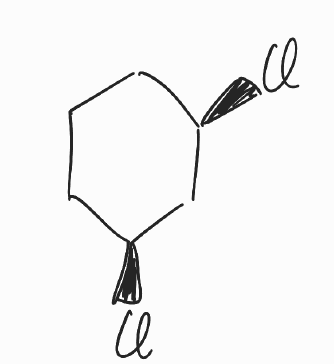
Simplified molecular-input line-entry system (SMILES) notation of the given molecule:
C1C[C@H](C[C@H](C1)Cl)Cl